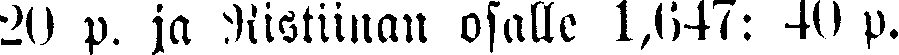
20 p. ja Ristiinan osalle 1,647: 40 p.